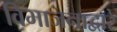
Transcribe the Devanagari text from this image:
विभाजनाद्वारे